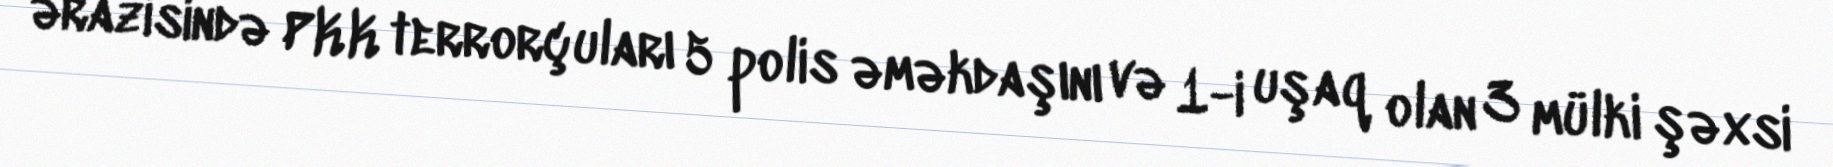
ərazisində PKK terrorçuları 5 polis əməkdaşını və 1-i uşaq olan 3 mülki şəxsi